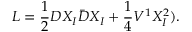
{ \cal L } = \frac { { 1 } } { 2 } D X _ { \cal I } \bar { D } X _ { \cal I } + \frac { 1 } { 4 } V ^ { 1 } X _ { \cal I } ^ { 2 } ) .